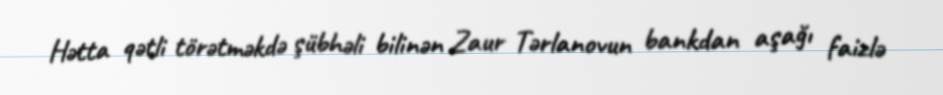
Hətta qətli törətməkdə şübhəli bilinən Zaur Tərlanovun bankdan aşağı faizlə